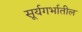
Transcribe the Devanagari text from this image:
सूर्यगर्भातील